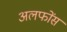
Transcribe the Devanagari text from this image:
अलफोंस